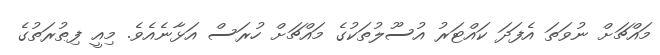
މައްޗަށް ނުވަތަ އެފަދަ ކައްޓަރު އުސޫލުތަކުގެ މައްޗަށް ހުރަސް އަޅާނެއެވެ. މިއީ ފިޠުރަތުގެ